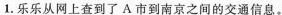
1.乐乐从网上查到了A市到南京之间的交通信息。